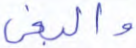
والبغي